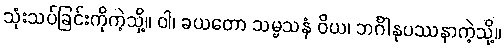
သုံးသပ်ခြင်းကိုကဲ့သို့။ ဝါ၊ ခယတော သမ္မသနံ ဝိယ၊ ဘင်္ဂါနုပဿနာကဲ့သို့။